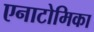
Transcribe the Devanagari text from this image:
एनाटोमिका